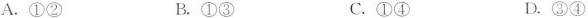
A.①② B.①③ C.①④ D.③④